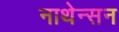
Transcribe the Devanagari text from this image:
नाथेन्सन